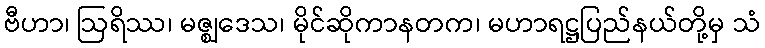
ဗီဟာ၊ ဩရိဿ၊ မဇ္ဈဒေသ၊ မိုင်ဆိုကာနတက၊ မဟာရဋ္ဌပြည်နယ်တို့မှ သံ